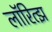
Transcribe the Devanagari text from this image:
लॉरित्झ